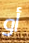
أو